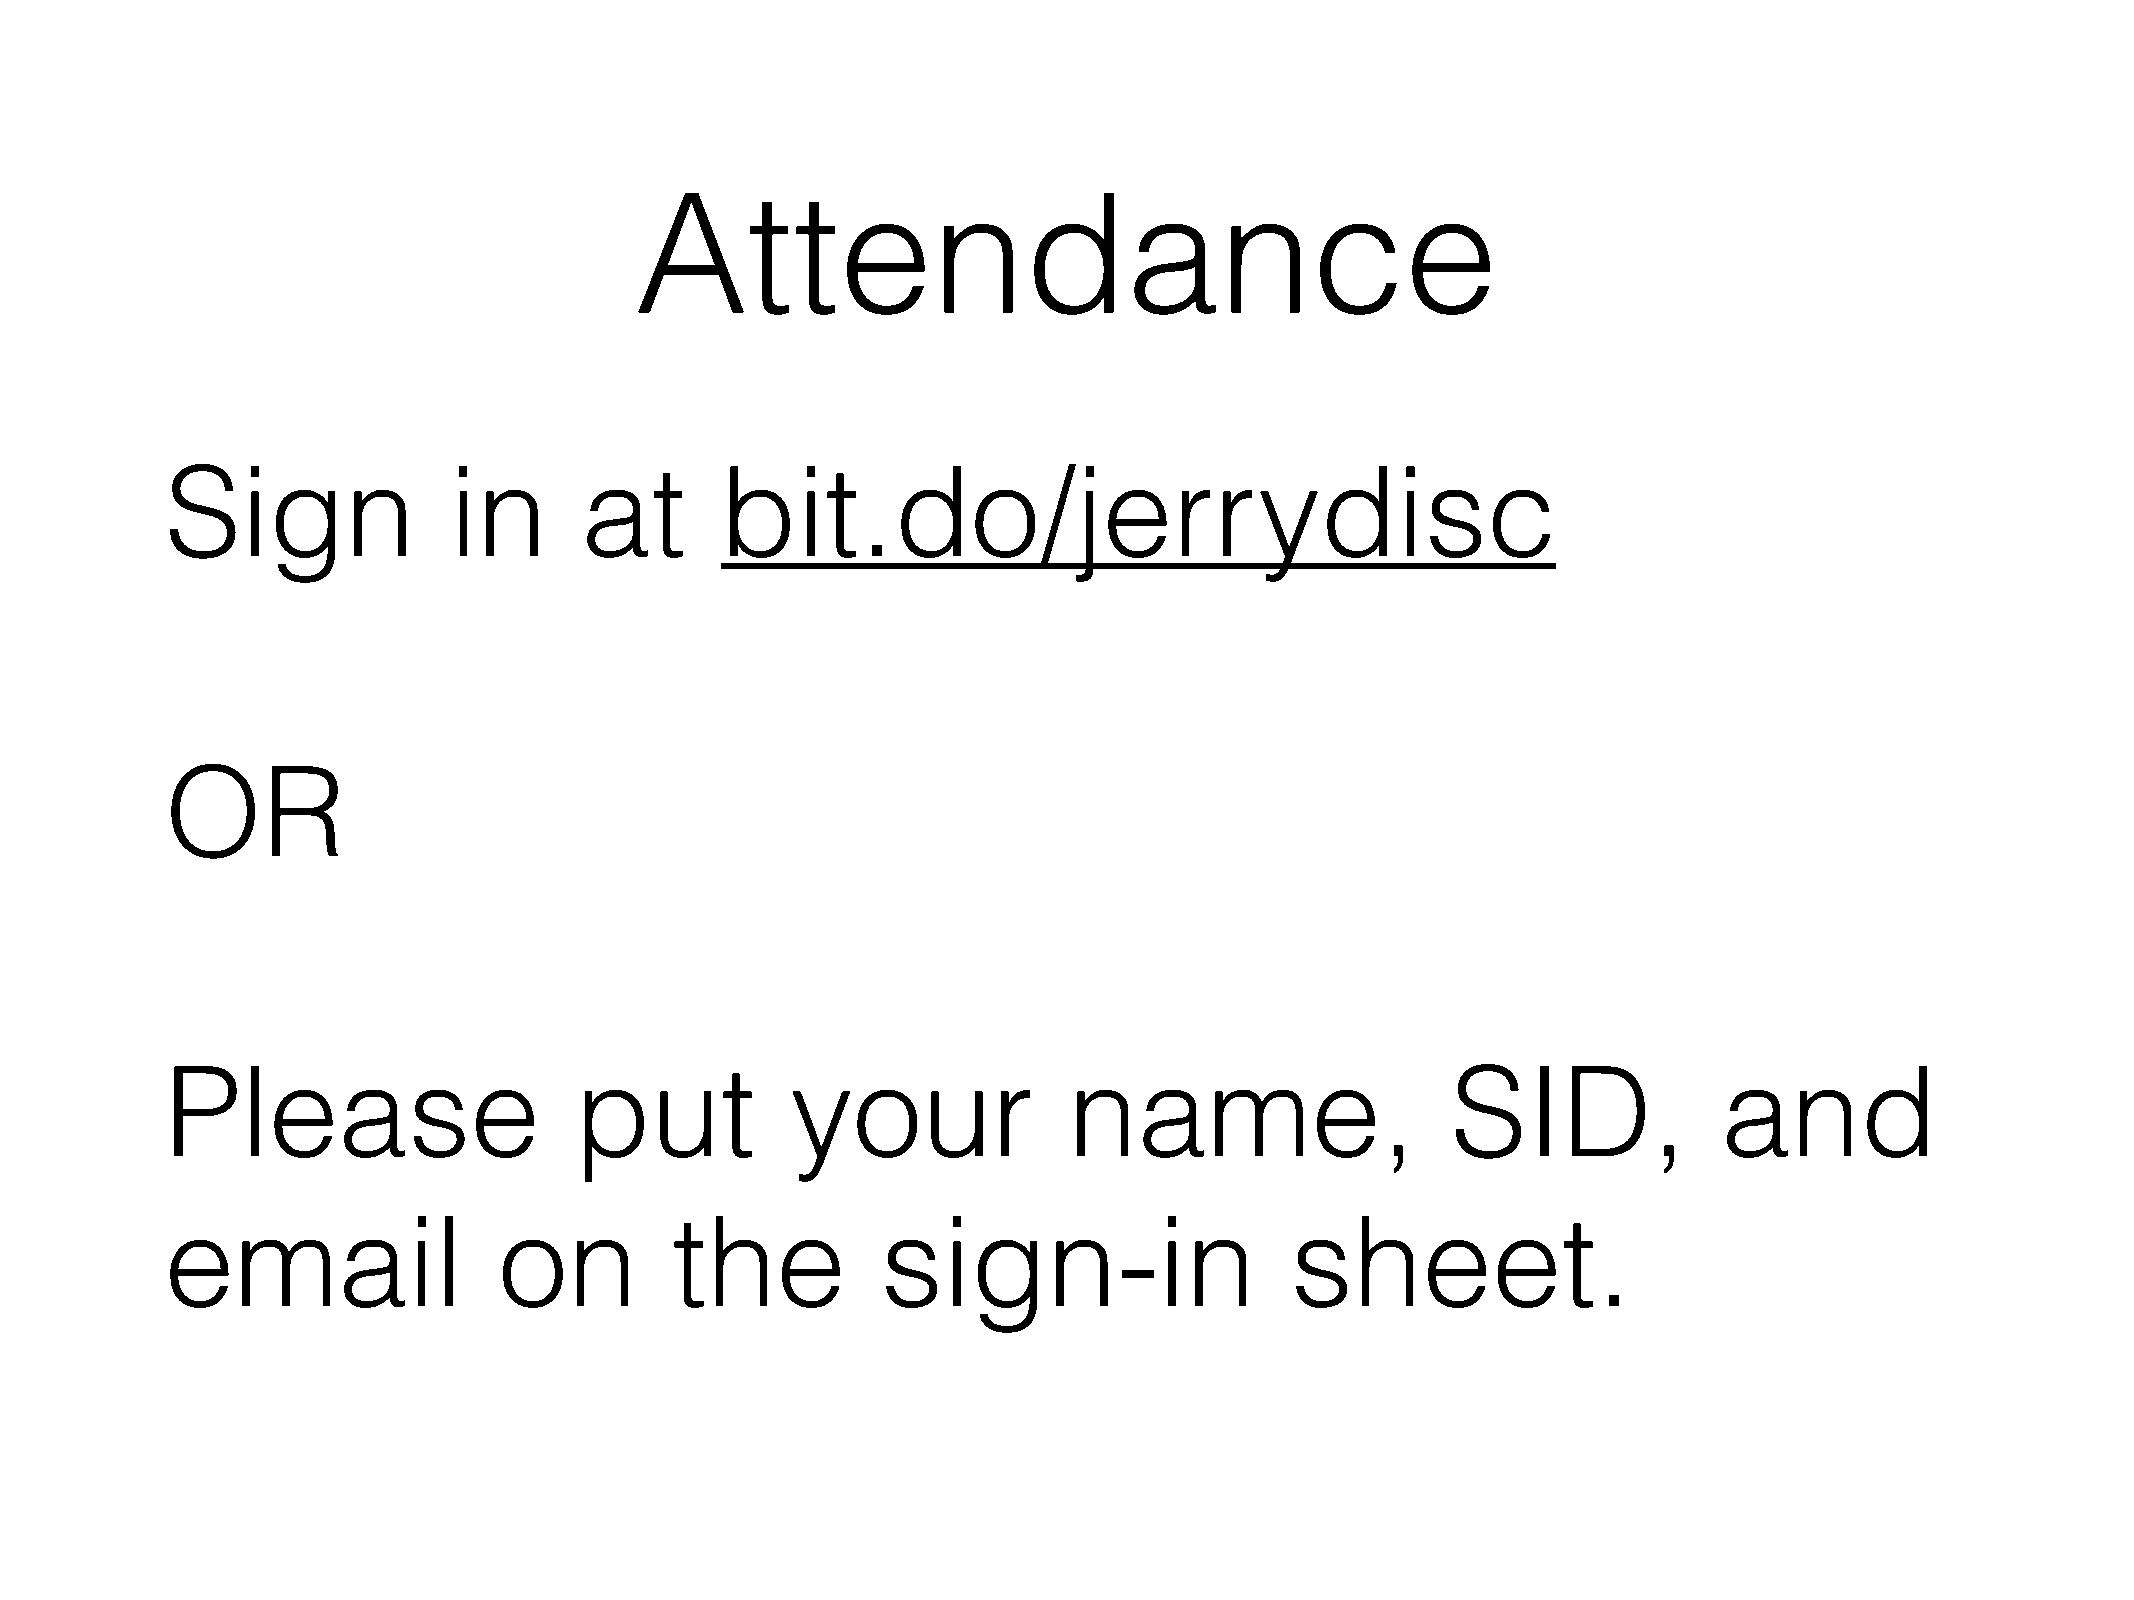
Attendance
 Sign               in      at        bit.do/jerrydisc
 OR
 Please                     put           your               name,                    SID,              and
 email                 on         the           sign-in                    sheet.